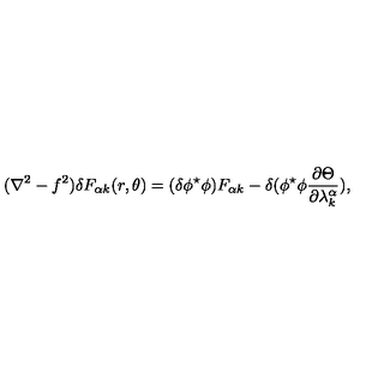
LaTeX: ( \nabla ^ { 2 } - f ^ { 2 } ) \delta F _ { \alpha k } ( r , \theta ) = ( \delta \phi ^ { \star } \phi ) F _ { \alpha k } - \delta ( \phi ^ { \star } \phi \frac { \partial \Theta } { \partial \lambda _ { k } ^ { \alpha } } ) ,